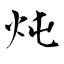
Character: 炖